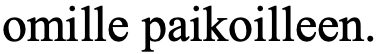
omille paikoilleen.